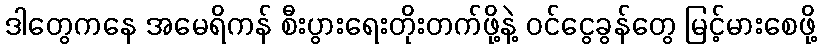
ဒါတွေကနေ အမေရိကန် စီးပွားရေးတိုးတက်ဖို့နဲ့ ဝင်ငွေခွန်တွေ မြင့်မားစေဖို့